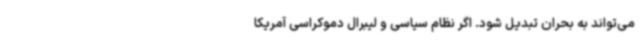
می‌تواند به بحران تبدیل شود. اگر نظام سیاسی و لیبرال دموکراسی آمریکا